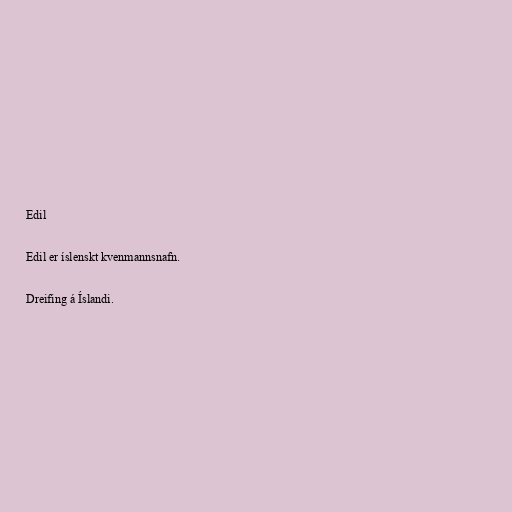
Edil

Edil er íslenskt kvenmannsnafn.

Dreifing á Íslandi.